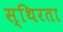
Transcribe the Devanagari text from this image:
स्थिरता